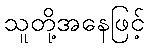
သူတို့အနေဖြင့်